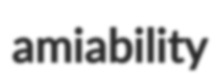
amiability